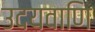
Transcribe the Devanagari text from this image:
उदयवाणि